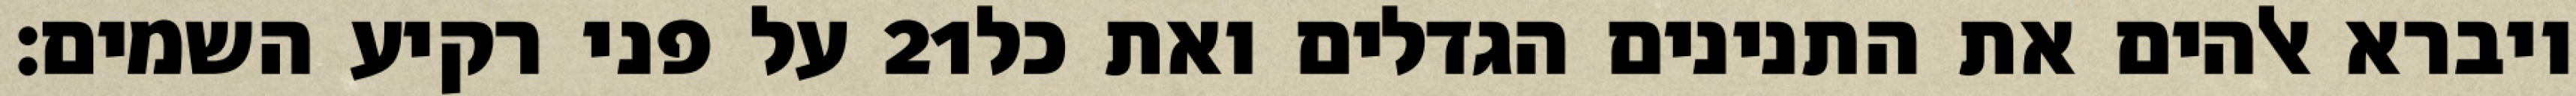
על פני רקיע השמים׃ ‎21‏ ויברא אלהים את התנינים הגדלים ואת כל